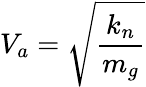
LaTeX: V_{a}=\sqrt{\frac{k_{n}}{m_{g}}}